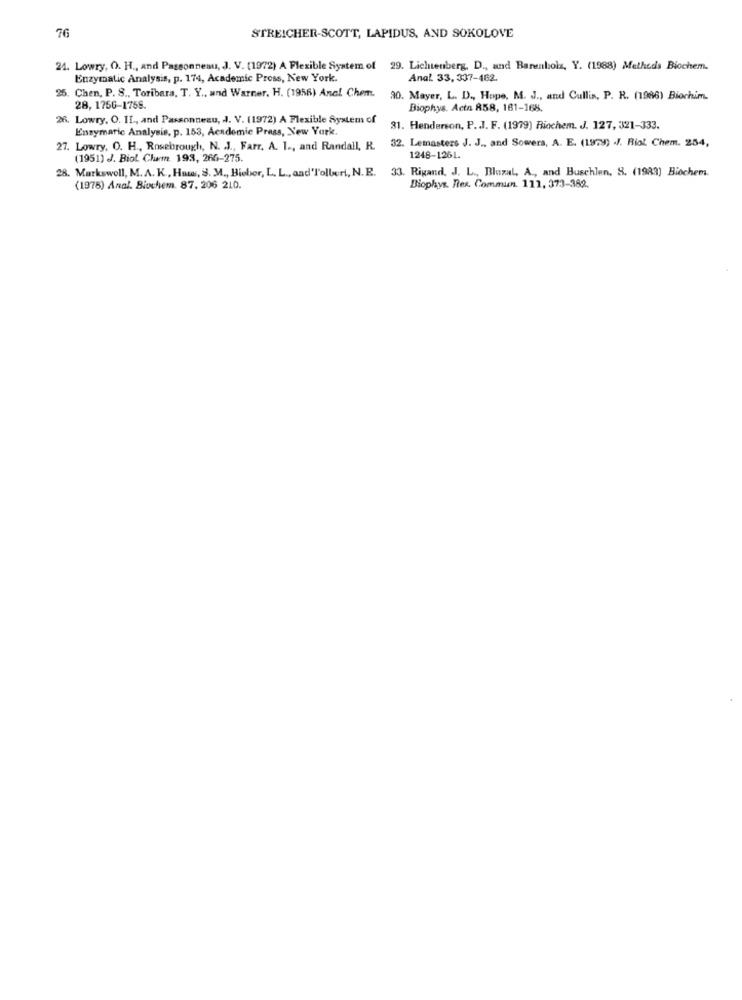
76
STREICHER-SCOTT, LAPIDUS, AND SOKOLOVE
24. Lowry, O. H ., and Passonneau, J. V. (1972) A Flexible System of 29. Lichtenberg, D ., and Bareenholz, Y. (1988) Metheds Biochem.
Enzymatic Analysis, p. 174, Academic Press, New York.
Anal. 33, 337-462.
25. Chen, P. S ., Toribara, T. Y ., and Warner. H. (1956) Anal Chem.
30. Mayer, L. D ., Hope, M. J ., and Cullis, P. R. (1966) Biochim.
28, 1756-1758.
Biophys. Acta 858, 161-168.
26. Lowry, O. IL ., and Passonneau, J. V. (1972) A Flexible System of
Enzymatic Analysis, p. 153, Academic Press, New York.
31. Henderson, P. J. F. (1979) Biochem. J. 127, 321-333.
32. Lemasters J. J ., and Sowers, A. E. (1979) .J. Riol Chem. 254,
27. Lowry, O. H ., Rosebrough, N. J ., Farr, A. 1 ., and Randall, R.
(1951) J. Biol Chem. 193, 266-275.
1248-1261.
28. Markswoll, M. A. K ., Hans, S. M ., Bieber, L. L ., and Tolleri, N. E. 33. Rixand, J. L ., Bluzal, A, and Buschlen, S. (1983) Biochem.
(1978) Anal. Biochem. 87, 206 210.
Biophys. Res. Commun. 111, 373-382.